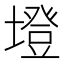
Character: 墱